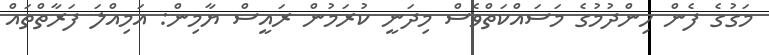
މަގުގެ ފެން ހިންދުމުގެ މަސައްކަތްވެސް މިދަނީ ކުރަމުން ރައީސް ޔާމިން: އަމިއްލަ ފަރާތްތައް